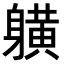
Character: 𨊇